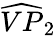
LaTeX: \widehat{VP}_{2}